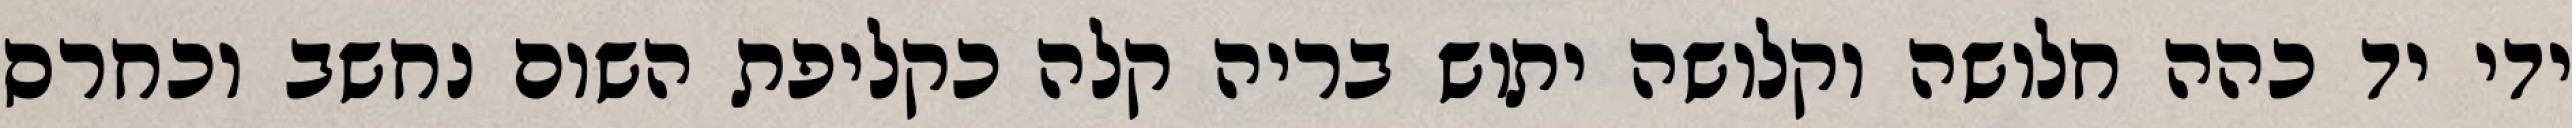
ידי יד כהה חלושה וקלושה יתוש בריה קלה כקליפת השום נחשב וכחרס